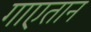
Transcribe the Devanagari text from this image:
गाएतान